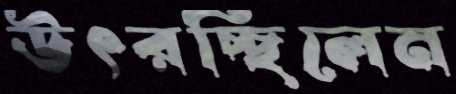
উৎরচ্ছিলেন